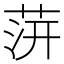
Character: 䓑